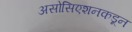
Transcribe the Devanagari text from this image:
असोसिएशनकडून